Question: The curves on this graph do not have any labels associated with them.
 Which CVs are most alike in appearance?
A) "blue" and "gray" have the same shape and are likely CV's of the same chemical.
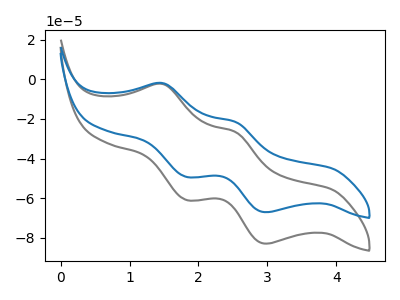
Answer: <think>The gray curve "gray" has anodic peaks at (1.50V, -2.30uA) (2.55V, -26.55uA) and cathodic peaks at (1.85V, -60.95uA) (3.00V, -83.00uA). The blue curve "blue" has anodic peaks at (1.50V, -1.90uA) (2.55V, -21.45uA) and cathodic peaks at (1.85V, -49.30uA) (3.00V, -67.10uA).
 All the peaks in "gray" have a peak in "blue" at the same potential.</think>
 <answer>A) "blue" and "gray" have the same shape and are likely CV's of the same chemical.</answer>
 <eval>A</eval>